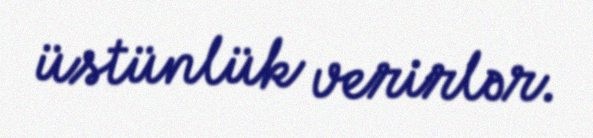
üstünlük verirlər.